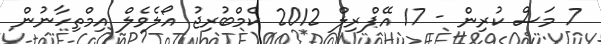
7 މަސް ކުރިން - 17 އޭޕްރިލް 2012 ކެމްބުރިޖު އޯލެވެލް އިމްތިހާނުން